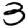
Digit: 3